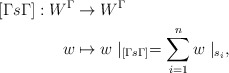
\begin{align*} [\Gamma s \Gamma]: W^\Gamma & \to W^\Gamma\\ w & \mapsto w\mid_{[\Gamma s \Gamma]} = \sum_{i=1}^n w\mid_{ s_i},\end{align*}